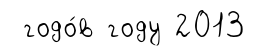
годо́в году 2013